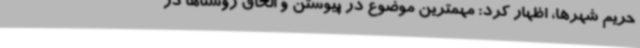
حریم شهرها، اظهار کرد: مهمترین موضوع در پیوستن و الحاق روستاها در